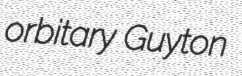
orbitary Guyton